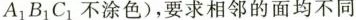
A_{1}B_{1}C_{1} 不涂色)，要求相邻的面均不同